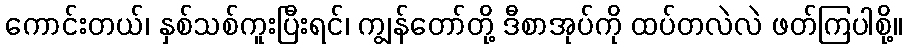
ကောင်းတယ်၊ နှစ်သစ်ကူးပြီးရင်၊ ကျွန်တော်တို့ ဒီစာအုပ်ကို ထပ်တလဲလဲ ဖတ်ကြပါစို့။